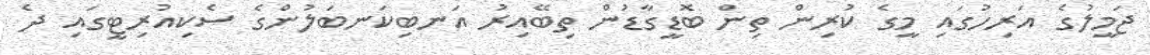
ޖަމީލުގެ އަރިހުގައި މީގެ ކުރިން ތިން ބޮޑީގާޑުން ތިބޭއިރު އަނބިކަނބަލުންގެ ސެކިއުރިޓީގައި ދެ